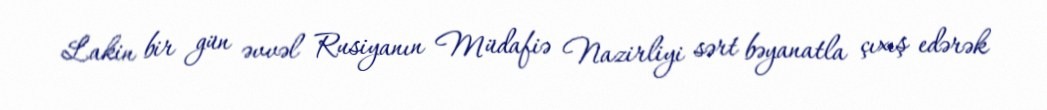
Lakin bir gün əvvəl Rusiyanın Müdafiə Nazirliyi sərt bəyanatla çıxış edərək